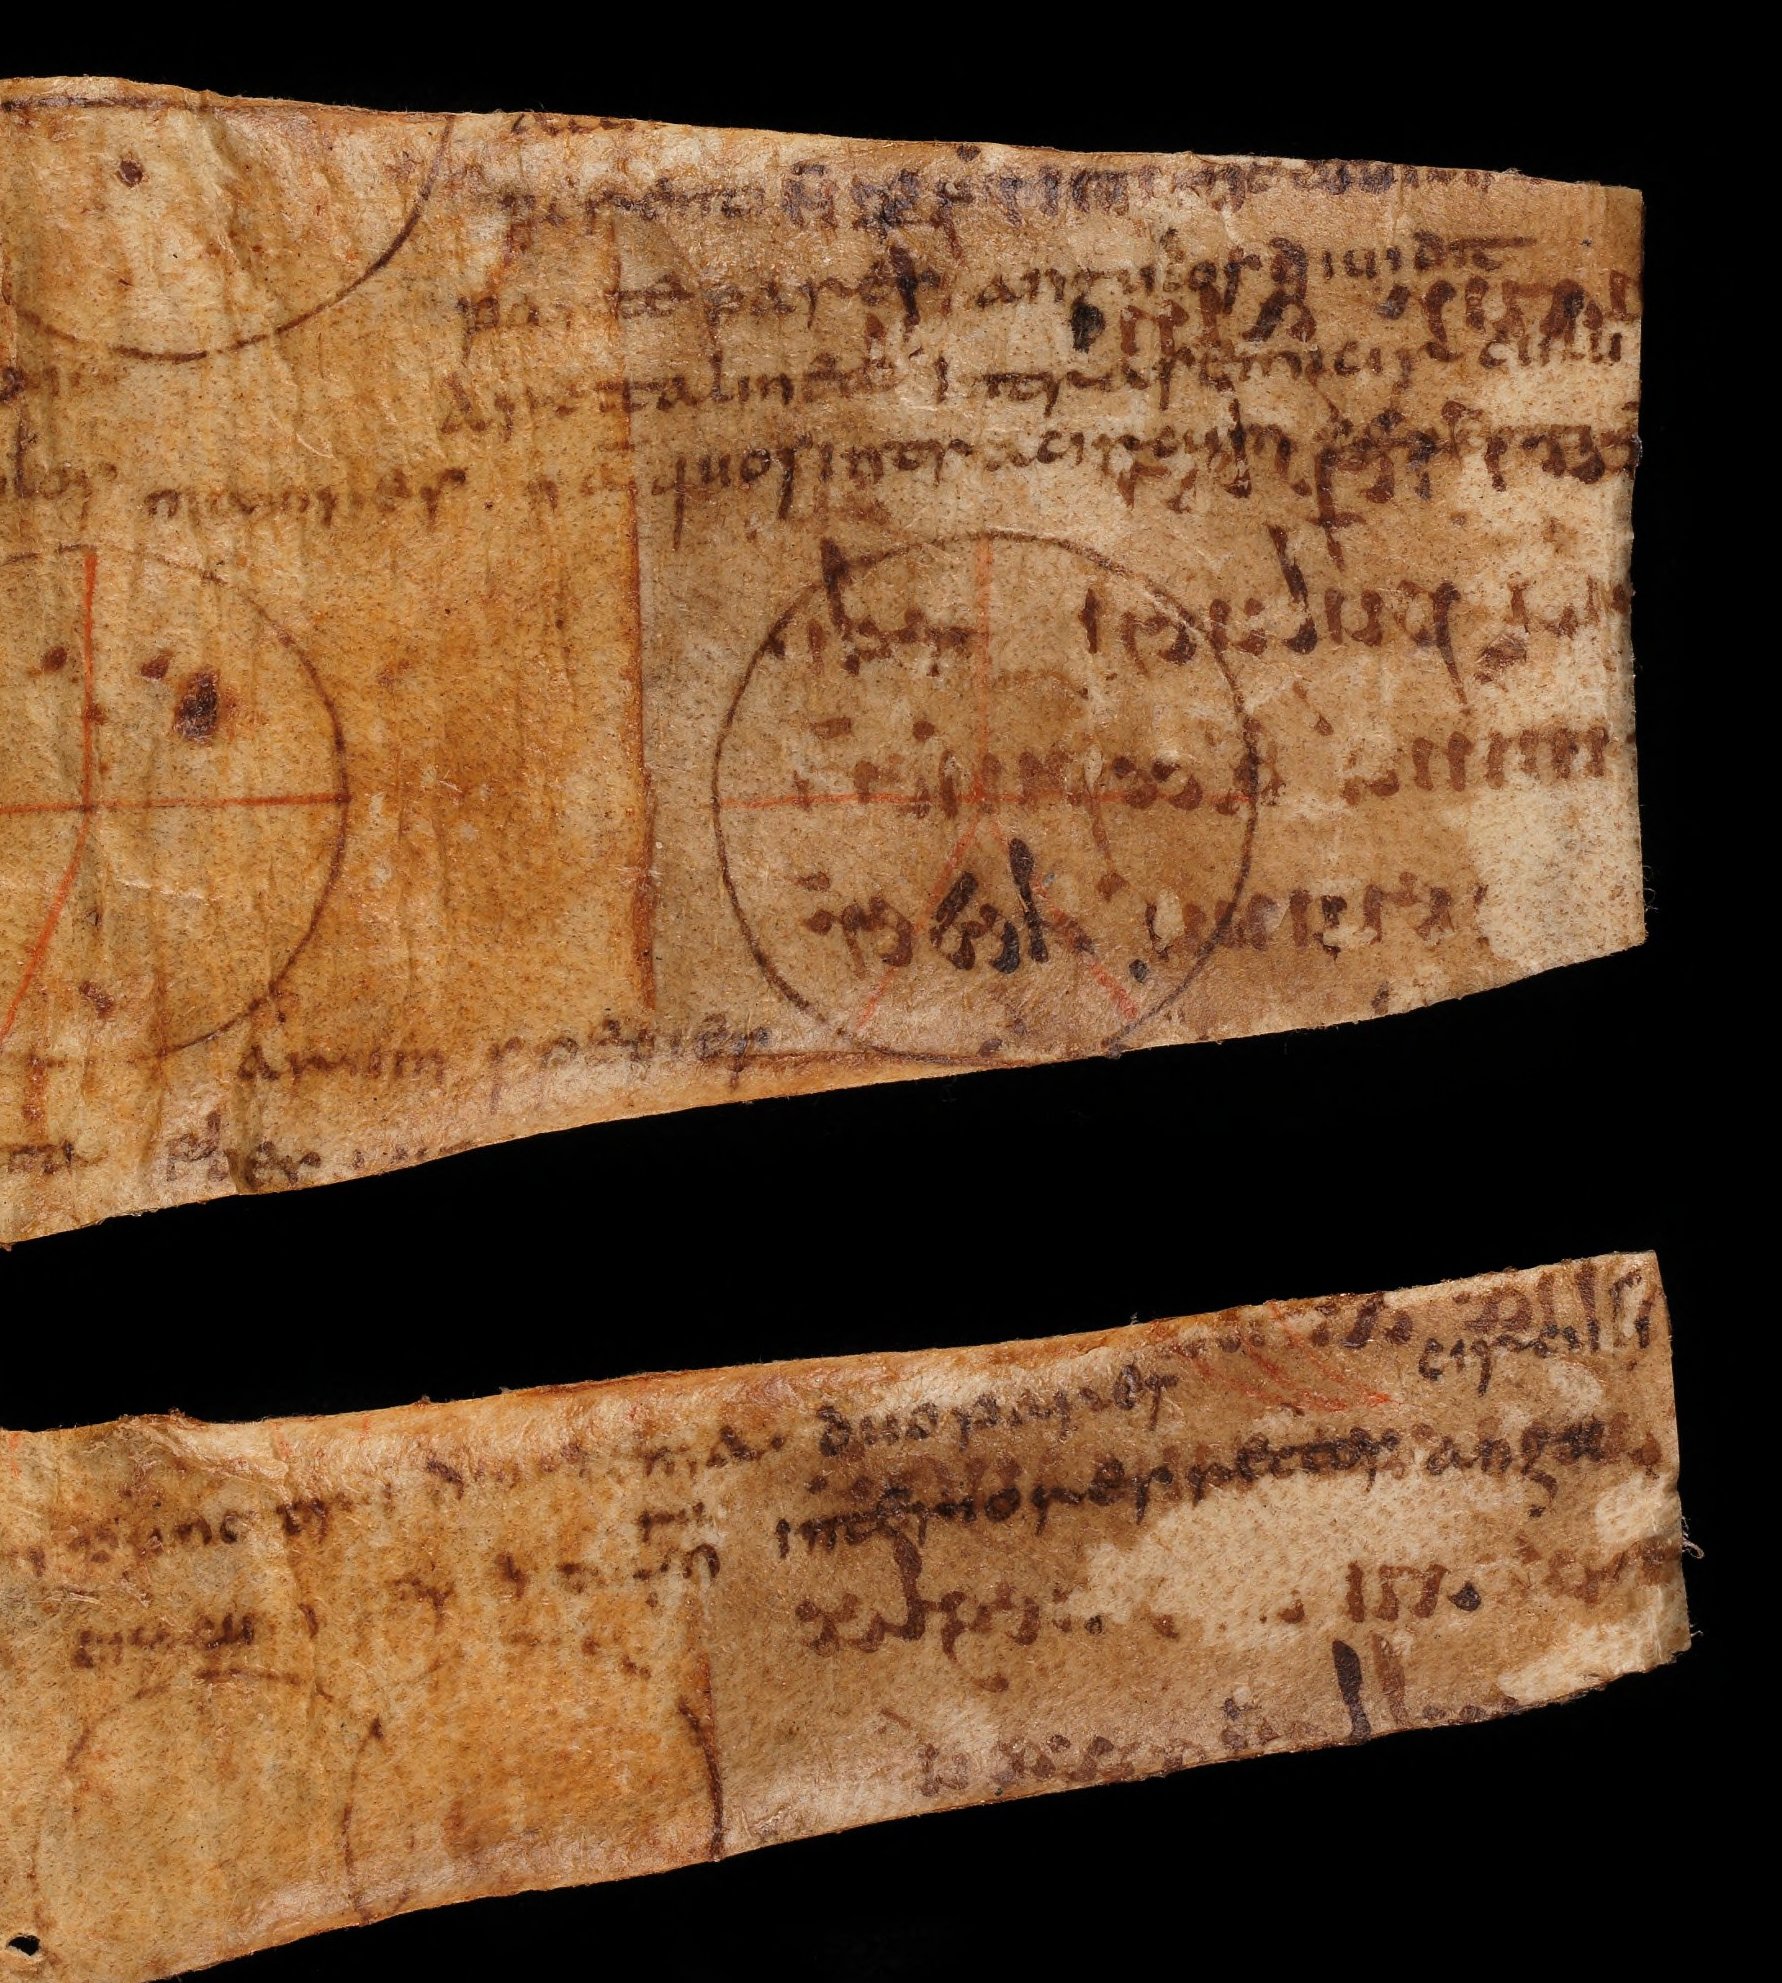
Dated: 800–849